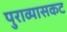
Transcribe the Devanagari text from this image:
पुराव्यासकट